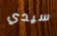
سيدي